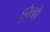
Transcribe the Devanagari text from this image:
हुरेल्हो